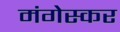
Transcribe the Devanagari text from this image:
मंगेस्कर